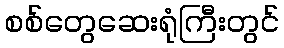
စစ်တွေဆေးရုံကြီးတွင်